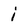
Character: i